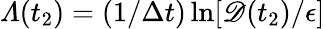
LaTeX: \varLambda(t_{2})=(1/\Delta t)\ln[\mathscr{D}(t_{2})/\epsilon]